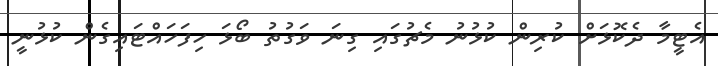
އެޓީމާ ދެކޮޅަށް ކުރިން ކުޅުނު މެޗުގައި ގިނަ ވަގުތު ބޯޅަ ހިފަހައްޓައިގެން ކުޅުނީ